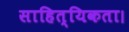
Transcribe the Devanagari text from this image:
साहित्यिकता।